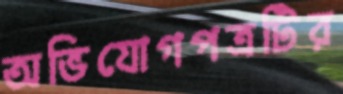
অভিযোগপত্রটির